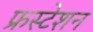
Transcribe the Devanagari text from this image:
फ्रस्टेशन